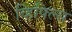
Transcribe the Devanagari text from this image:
व्हिपिल्स